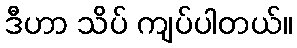
ဒီဟာ သိပ် ကျပ်ပါတယ်။